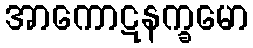
အာကောဋနက္ခမော